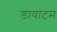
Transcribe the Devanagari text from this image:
डायाटम